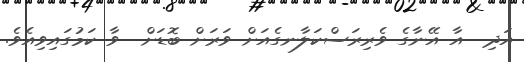
އަދި  އާ އޭނާގެ ވެރިރަސްކަލާނގެއަށް ވަރަށް ބޮޑަށް  ވާ ކަމުގައިވިއެވެ.